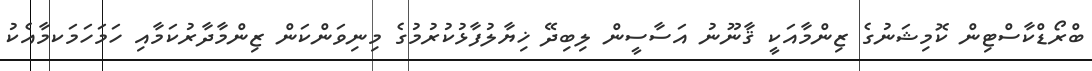
ބްރޯޑްކާސްޓިން ކޮމިޝަނުގެ ޒިންމާއަކީ ޤާނޫނު އަސާސީން ލިބިދޭ ޚިޔާލުފާޅުކުރުމުގެ މިނިވަންކަން ޒިންމާދާރުކަމާއި ހަމަަހަމަކމާއެކު